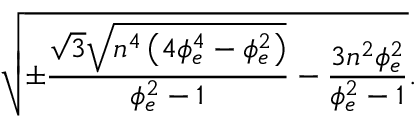
\sqrt { \pm \frac { \sqrt { 3 } \sqrt { n ^ { 4 } \left( 4 \phi _ { e } ^ { 4 } - \phi _ { e } ^ { 2 } \right) } } { \phi _ { e } ^ { 2 } - 1 } - \frac { 3 n ^ { 2 } \phi _ { e } ^ { 2 } } { \phi _ { e } ^ { 2 } - 1 } } .